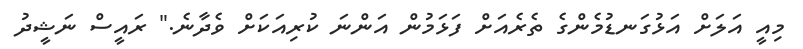
މިއީ އަލަށް އަޅުގަނޑުމެންގެ ތެރެއަށް ފަޅަމުން އަންނަ ކުރިއަކަށް ވެދާނެ." ރައީސް ނަޝީދު